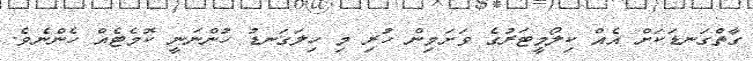
ގާތްގަނޑަކަށް އެއް ކިލޯމީޓަރުގެ ވަށަމިން ހުރި މި ހިލަގަނޑު ހުންނަނީ ކޮމެޓެއް ހެންނެވެ.